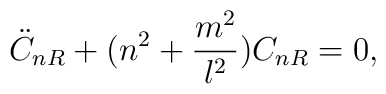
\ddot{C}_{nR}+(n^2+\frac{m^2}{l^2})C_{nR}=0,